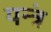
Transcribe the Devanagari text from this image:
यन्त्रं